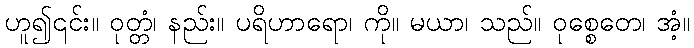
ဟူ၍၎င်း။ ဝုတ္တံ၊ နည်း။ ပရိဟာရော၊ ကို။ မယာ၊ သည်။ ဝုစ္စေတေ၊ အံ့။